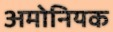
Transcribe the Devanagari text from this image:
अमोनियक